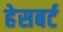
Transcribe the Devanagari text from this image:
हेसबर्ट